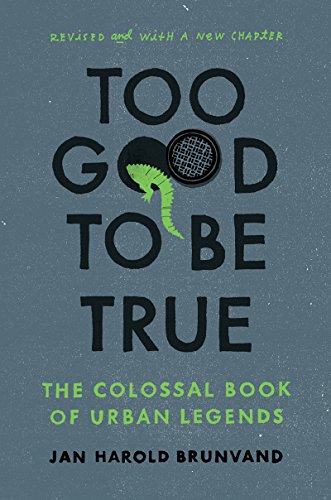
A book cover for Too Good To Be True: The Colossal Book of Urban Legends (Revised and with a new chapter); Jan Harold Brunvand; Humor & Entertainment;